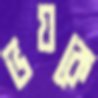
ভয়কে